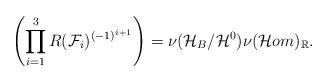
LaTeX: \begin{align*}\left(\prod_{i=1}^3R(\mathcal{F}_i)^{(-1)^{i+1}}\right)={\nu(\mathcal{H}_B/\mathcal{H}^0)\nu(\mathcal{H}om)_{\mathbb{R}}} .\end{align*}